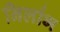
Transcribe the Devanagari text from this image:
निर्लाभ